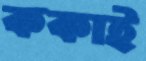
ককাই